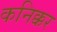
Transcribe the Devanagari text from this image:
कनिक्कर